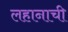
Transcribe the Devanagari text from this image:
लहानाची